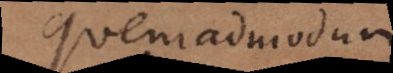
Quemadmodum